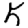
Digit: 5